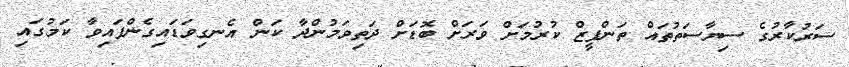
ސަރުކާރުގެ ސިޔާސަތުތައް ތަންފީޒް ކުރުމަށް ވަރަށް ބޮޑަށް ދަތިވަމުންދާ ކަން އެނގިވަޑައިގެންފައިވާ ކަމުގައި